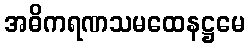
အဓိကရဏသမထေနဋ္ဌမေ